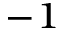
^ { - 1 }